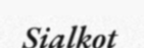
Sialkot